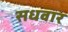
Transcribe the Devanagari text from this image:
सधवार